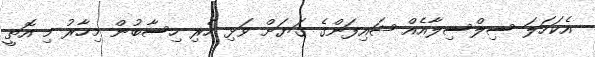
އެކަހަލަ ސިލްސިލާއެއް ޝައިފަންގެ ގަޔަށް ވަޅި ހެރި ހިސާބުން މިހާރު މި އޮތީ